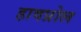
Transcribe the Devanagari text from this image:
हावप्रोल